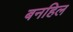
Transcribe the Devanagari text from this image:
बनहिल